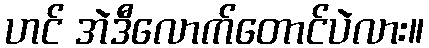
ဟင် အဲဒီလောက်တောင်ပဲလား။